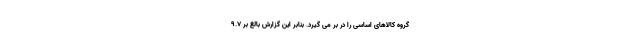
گروه کالاهای اساسی را در بر می گیرد. بنابر این گزارش بالغ بر ۹.۷